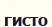
гисто